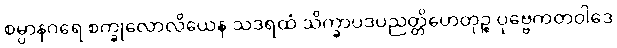
စမ္ပာနဂရေ စက္ခုလောလိယေန သဒရထံ သိက္ခာပဒပညတ္တိဟေတုဉ္စ ပုဗ္ဗေကတဝါဒေ